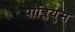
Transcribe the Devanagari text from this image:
पाब्लियुस